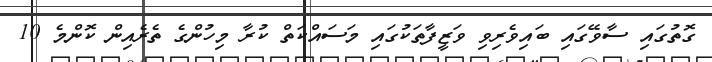
ގޮތުގައި ސާވޭގައި ބައިވެރިވި ވަޒީފާތަކުގައި މަސައްކަތް ކުރާ މިހުންގެ ތެރެއިން ކޮންމެ 10